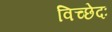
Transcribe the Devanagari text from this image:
विच्छेदः